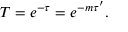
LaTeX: T = e ^ { - \tau } = e ^ { - m \tau ^ { \prime } } .